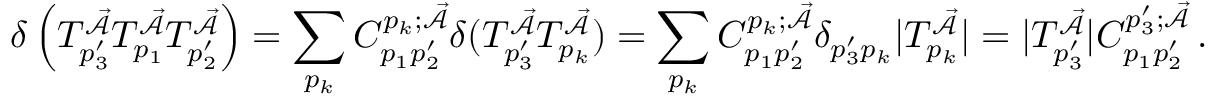
\delta \left( T _ { p _ { 3 } ^ { \prime } } ^ { \mathcal { \vec { A } } } T _ { p _ { 1 } } ^ { \mathcal { \vec { A } } } T _ { p _ { 2 } ^ { \prime } } ^ { \mathcal { \vec { A } } } \right) = \sum _ { p _ { k } } C _ { p _ { 1 } p _ { 2 } ^ { \prime } } ^ { p _ { k } ; \mathcal { \vec { A } } } \delta ( T _ { p _ { 3 } ^ { \prime } } ^ { \mathcal { \vec { A } } } T _ { p _ { k } } ^ { \mathcal { \vec { A } } } ) = \sum _ { p _ { k } } C _ { p _ { 1 } p _ { 2 } ^ { \prime } } ^ { p _ { k } ; \mathcal { \vec { A } } } \delta _ { p _ { 3 } ^ { \prime } p _ { k } } | T _ { p _ { k } } ^ { \mathcal { \vec { A } } } | = | T _ { p _ { 3 } ^ { \prime } } ^ { \mathcal { \vec { A } } } | C _ { p _ { 1 } p _ { 2 } ^ { \prime } } ^ { p _ { 3 } ^ { \prime } ; \mathcal { \vec { A } } } \, .